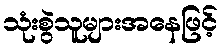
သုံးစွဲသူများအနေဖြင့်